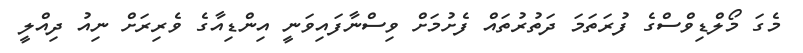
މެގަ މޯލްޑިވްސްގެ ފުރަތަމަ ދަތުރުތައް ފެށުމަށް ވިސްނާފައިވަނީ އިންޑިއާގެ ވެރިރަށް ނިއު ދިއްލީ